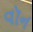
વૉન